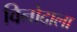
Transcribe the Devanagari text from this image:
विनोदाला